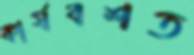
কার্যবশত